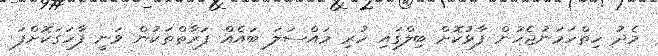
މެދު ހިތްހަމަނުޖެހުން ފާޅުކޮށް ބިލްގައި ހުރި މައްސަލަ ބައެއް ފަރާތްތަކުން ވަނީ ފާހަގަކޮށްފަ